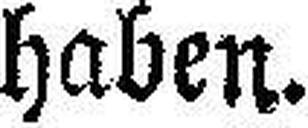
haben.